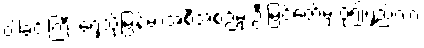
ဝါခင်းကြီး ရှေ့သို့မြန်မာအစီအစဉ်မှ ဦးမြင့်ဇော်မှ ပို၍ရှည်လာ